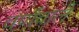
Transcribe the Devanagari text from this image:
वर्णवाले